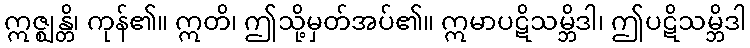
ဣဇ္ဈန္တိ၊ ကုန်၏။ ဣတိ၊ ဤသို့မှတ်အပ်၏။ ဣမာပဋိသမ္ဘိဒါ၊ ဤပဋိသမ္ဘိဒါ